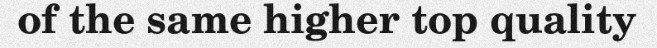
of the same higher top quality